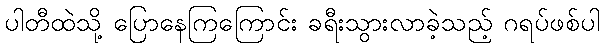
ပါတီထဲသို့ ပြောနေကြကြောင်း ခရီးသွားလာခဲ့သည့် ဂရပ်ဖစ်ပါ